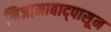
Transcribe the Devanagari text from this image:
निजामाबाद्पासून